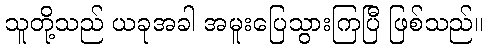
သူတို့သည် ယခုအခါ အမူးပြေသွားကြပြီ ဖြစ်သည်။